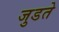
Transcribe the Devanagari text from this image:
जुडते